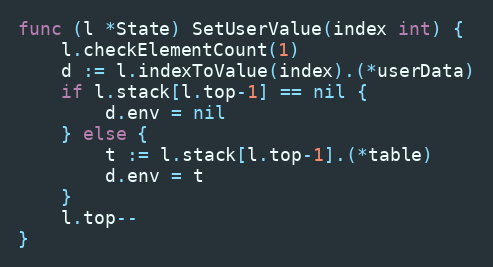
Language: Go
func (l *State) SetUserValue(index int) {
	l.checkElementCount(1)
	d := l.indexToValue(index).(*userData)
	if l.stack[l.top-1] == nil {
		d.env = nil
	} else {
		t := l.stack[l.top-1].(*table)
		d.env = t
	}
	l.top--
}